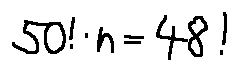
5 0 ! \cdot n = 4 8 !